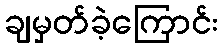
ချမှတ်ခဲ့ကြောင်း